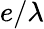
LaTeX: e/\lambda